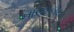
નાણાકીય